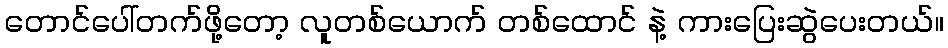
တောင်ပေါ်တက်ဖို့တော့ လူတစ်ယောက် တစ်ထောင် နဲ့ ကားပြေးဆွဲပေးတယ်။